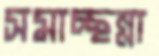
সমাচ্ছন্না